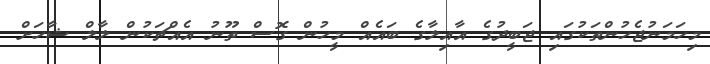
މިހަމަނުޖެހުންތަކުގައި ޖަބީދުގެ އާއިލާގެ ބައެއް މީހުން ގޮސް ތޫނު އެއްޗަކުން ލާލް ޝާހަށް